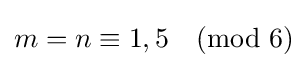
m=n\equiv 1,5{\pmod {6}}